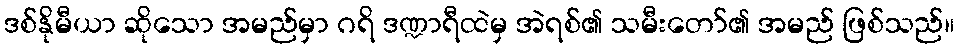
ဒစ်နိုမီယာ ဆိုသော အမည်မှာ ဂရိ ဒဏ္ဍာရီထဲမှ အဲရစ်၏ သမီးတော်၏ အမည် ဖြစ်သည်။